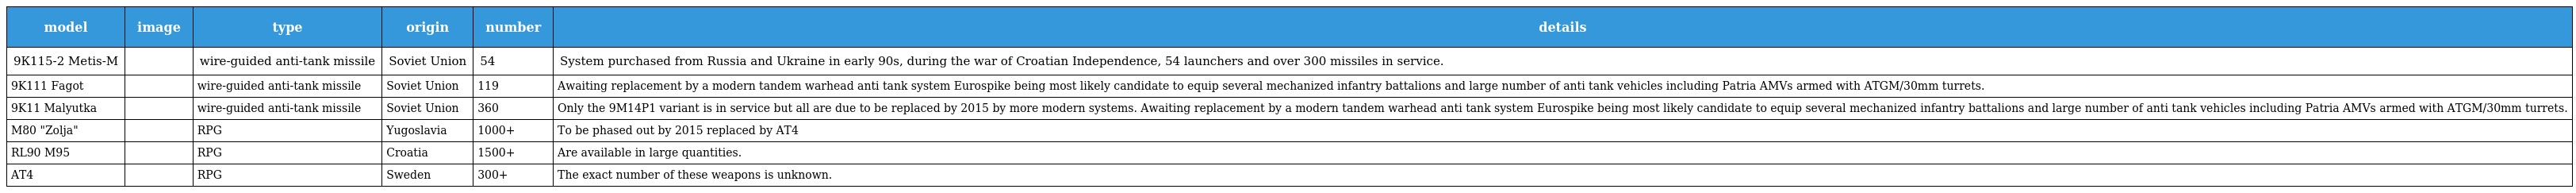
| model | image | type | origin | number | details |
 | --- | --- | --- | --- | --- | --- |
 | 9К115-2 Metis-M |  | wire-guided anti-tank missile | Soviet Union | 54 | System purchased from Russia and Ukraine in early 90s, during the war of Croatian Independence, 54 launchers and over 300 missiles in service. |
 | 9K111 Fagot |  | wire-guided anti-tank missile | Soviet Union | 119 | Awaiting replacement by a modern tandem warhead anti tank system Eurospike being most likely candidate to equip several mechanized infantry battalions and large number of anti tank vehicles including Patria AMVs armed with ATGM/30mm turrets. |
 | 9K11 Malyutka |  | wire-guided anti-tank missile | Soviet Union | 360 | Only the 9M14P1 variant is in service but all are due to be replaced by 2015 by more modern systems. Awaiting replacement by a modern tandem warhead anti tank system Eurospike being most likely candidate to equip several mechanized infantry battalions and large number of anti tank vehicles including Patria AMVs armed with ATGM/30mm turrets. |
 | M80 "Zolja" |  | RPG | Yugoslavia | 1000+ | To be phased out by 2015 replaced by AT4 |
 | RL90 M95 |  | RPG | Croatia | 1500+ | Are available in large quantities. |
 | AT4 |  | RPG | Sweden | 300+ | The exact number of these weapons is unknown. |